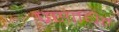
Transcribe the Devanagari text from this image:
प्रसाधित